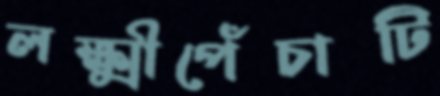
লক্ষ্মীপেঁচাটি